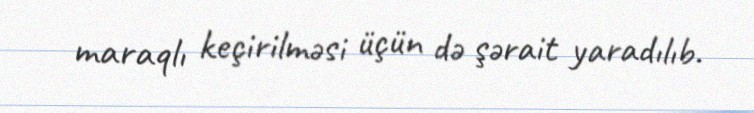
maraqlı keçirilməsi üçün də şərait yaradılıb.